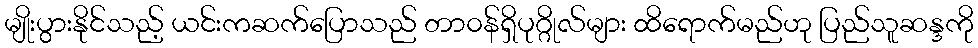
မျိုးပွားနိုင်သည့် ယင်းကဆက်ပြောသည် တာ၀န်ရှိပုဂ္ဂိုလ်များ ထိရောက်မည်ဟု ပြည်သူဆန္ဒကို